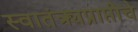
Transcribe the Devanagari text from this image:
स्वातंत्र्यप्राप्तीचे